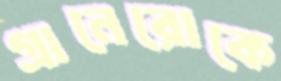
গ্রানেরোকে